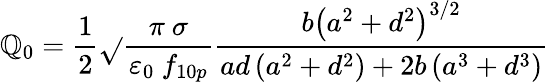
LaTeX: \mathbb{Q}_{0}=\frac{{1}}{{2}}\sqrt{}{{\frac{{\pi\ \sigma}}{{\varepsilon_{0}\ f_{10p}}}}}\frac{{b\left(a^{2}+d^{2}\right)^{3/2}}}{{ad\left(a^{2}+d^{2}\right)+2b\left(a^{3}+d^{3}\right)}}